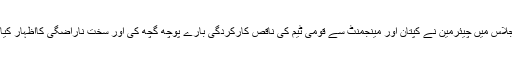
اجلاس میں چیئرمین نے کپتان اور مینجمنٹ سے قومی ٹیم کی ناقص کارکردگی بارے پوچھ گچھ کی اور سخت ناراضگی کااظہار کیا ۔